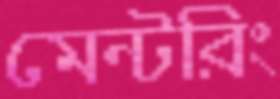
মেন্টরিং